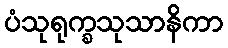
ပံသုရုက္ခသုသာနိကာ